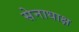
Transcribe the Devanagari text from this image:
सेनाधाक्ष